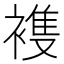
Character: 𮖤